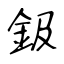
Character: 鈒